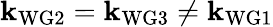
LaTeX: \mathbf{k}_{\mathrm{{WG2}}}=\mathbf{k}_{\mathrm{{WG3}}}\neq\mathbf{k}_{\mathrm{{WG1}}}